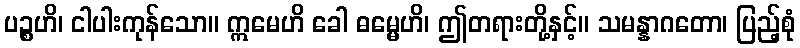
ပဉ္စဟိ၊ ငါပါးကုန်သော။ ဣမေဟိ ခေါ ဓမ္မေဟိ၊ ဤတရားတို့နှင့်။ သမန္နာဂတော၊ ပြည့်စုံ